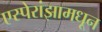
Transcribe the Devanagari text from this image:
एस्पेरांझामधून